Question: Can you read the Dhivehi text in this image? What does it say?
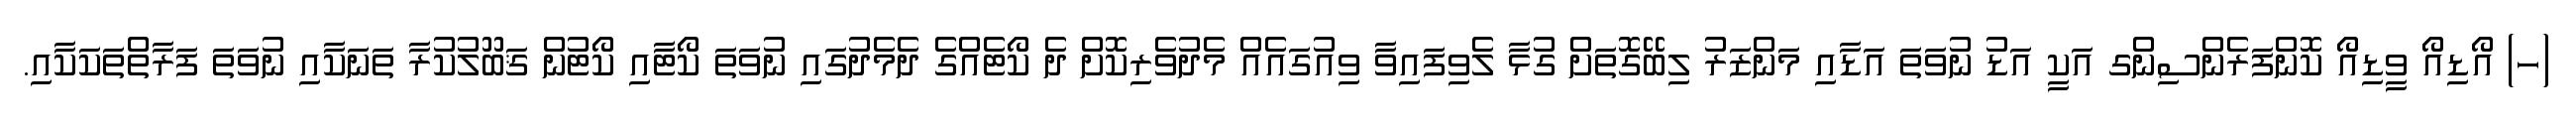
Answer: (ހ) އޯޑިއޯ ވީޑިއޯ ކޮންފަރެންސިންގ އަކީ އަޑު ނުވަތަ އަޑާއި މަންޒަރު ލިބޭގޮތަށް ގުޅާ ލެވިފައިވާ ވިއުގައެއް މެދުވެރިކޮށް ދެ ކޯޓެއްގެ ދެމެދުގައި ނުވަތަ ކޯޓާއި ކޯޓުން ޤަބޫލުކުރާ ތަނަކާއި ނުވަތަ ފަރާތްތަކަކާއި.